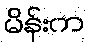
မိန်းက